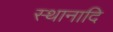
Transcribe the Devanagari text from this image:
स्थानादि